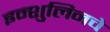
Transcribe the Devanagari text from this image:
इन्शुलिनचे